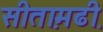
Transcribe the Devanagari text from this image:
सीता़मढी़